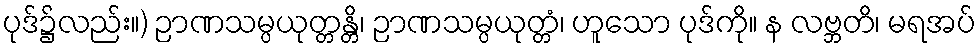
ပုဒ်၌လည်း။) ဉာဏသမ္ပယုတ္တန္တိ၊ ဉာဏသမ္ပယုတ္တံ၊ ဟူသော ပုဒ်ကို။ န လဗ္ဘတိ၊ မရအပ်